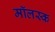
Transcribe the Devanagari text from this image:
मॉलस्क